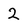
Character: 2